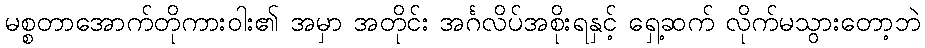
မစ္စတာအောက်တိုကားဝါး၏ အမှာ အတိုင်း အင်္ဂလိပ်အစိုးရနှင့် ရှေ့ဆက် လိုက်မသွားတော့ဘဲ